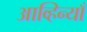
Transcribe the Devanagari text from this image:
आव्हिन्याँ